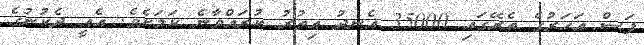
ފަސް އަހަރުގެ ތެރޭގައި 35000 އެނދު އިތުރު ކުރައްވާނެ ކަމަށެވެ. އެއީ ދެކުނުގެ